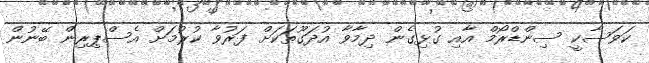
ކަވަސާކީ ސިންޑްރޯމް އާއި ގުޅިގެން ދިމާވާ އުދަގޫތަކަށް ފަރުވާ ކުރުމަށް އެސްޕިރިން ބޭނުން